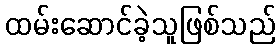
ထမ်းဆောင်ခဲ့သူဖြစ်သည်